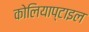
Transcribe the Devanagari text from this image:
कोलियाप्टाइल